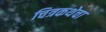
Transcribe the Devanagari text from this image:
चित्रकथेचा